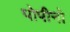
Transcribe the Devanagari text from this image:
पोपीनो